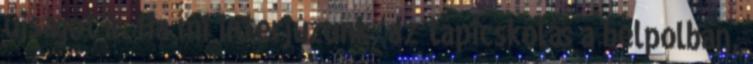
újságot ír. Ha mi interjúzunk, az tapicskolás a belpolban,